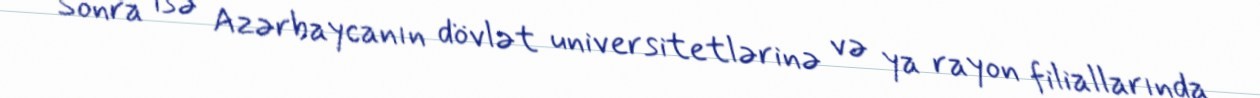
Sonra isə Azərbaycanın dövlət universitetlərinə və ya rayon filiallarında